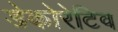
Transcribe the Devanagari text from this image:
डेकोरेटिव